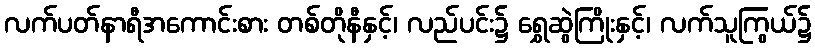
လက်ပတ်နာရီအကောင်းစား တစ်တိုနီနှင့်၊ လည်ပင်း၌ ရွှေဆွဲကြိုးနှင့်၊ လက်သူကြွယ်၌